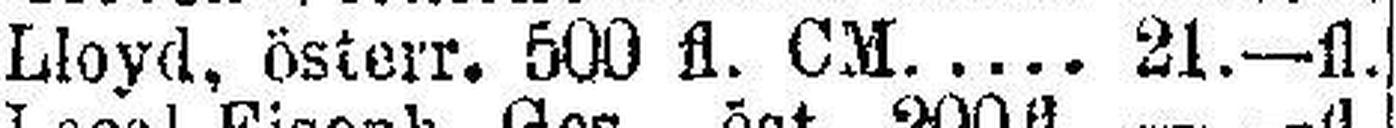
Lloyd, österr. 500 fl. CM. .... 21.—fl.